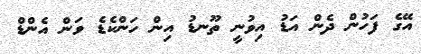
އޭގެ ފަހުން ދެން އަޑު އިވުނީ ތޫނޑު އިން ހަންކެޑެ ވަން އެންޑް